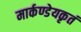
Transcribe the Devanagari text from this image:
मार्कण्डेयकृतं